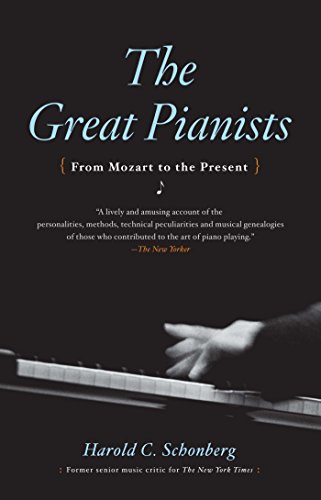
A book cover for The Great Pianists: From Mozart to the Present; Harold C. Schonberg; Humor & Entertainment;